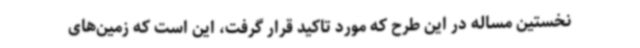
نخستین مساله در این طرح که مورد تاکید قرار گرفت، این است که زمین‌های